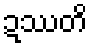
ဍဿတိ